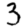
Digit: 3